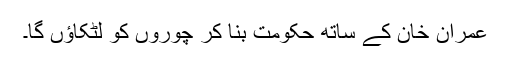
عمران خان کے ساتھ حکومت بنا کر چوروں کو لٹکاؤں گا۔